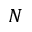
N